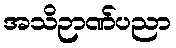
အသိဉာဏ်ပညာ